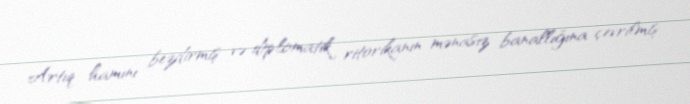
Artıq hamını bezdirmiş və diplomatik ritorikanın mənasız banallığına çevrilmiş